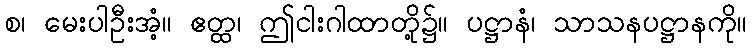
စ၊ မေးပါဦးအံ့။ ဧတ္ထ၊ ဤငါးဂါထာတို့၌။ ပဋ္ဌာနံ၊ သာသနပဋ္ဌာနကို။